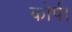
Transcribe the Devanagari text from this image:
कोर्प।